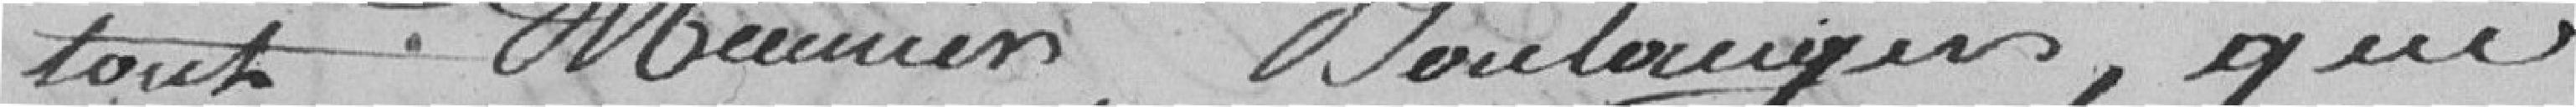
tout meuniers, boulangers, qui